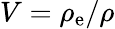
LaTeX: V=\rho_{\mathrm{e}}/\rho